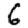
Digit: 6